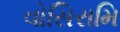
વોસિરામિ